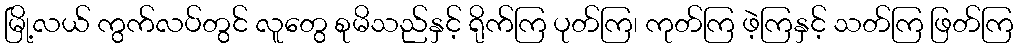
မြို့လယ် ကွက်လပ်တွင် လူတွေ စုမိသည်နှင့် ရိုက်ကြ ပုတ်ကြ၊ ကုတ်ကြ ဖဲ့ကြနှင့် သတ်ကြ ဖြတ်ကြ